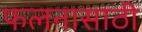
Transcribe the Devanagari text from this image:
फलनासाठी